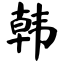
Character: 韩